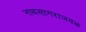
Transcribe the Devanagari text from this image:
नाथसागराजवळ